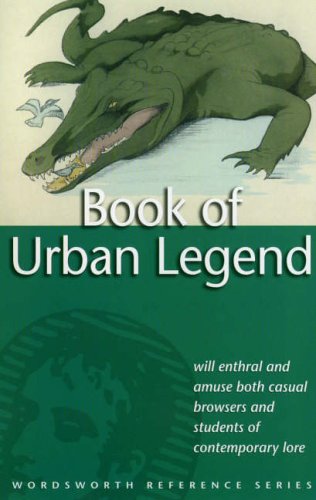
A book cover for Book of Urban Legend (Wordsworth Reference); Rodney Dale; Humor & Entertainment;